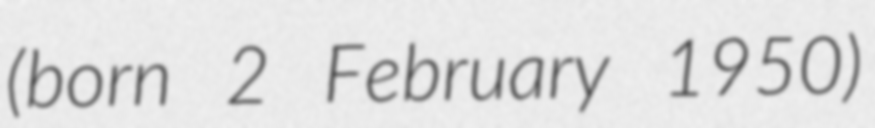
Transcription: (born 2 February 1950)